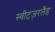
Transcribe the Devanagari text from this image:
स्वीटज़रलैंड